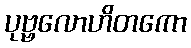
ပုဗ္ဗလောဟိတကော